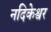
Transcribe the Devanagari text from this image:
नदिकेश्वर